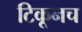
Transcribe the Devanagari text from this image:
टिकूनच